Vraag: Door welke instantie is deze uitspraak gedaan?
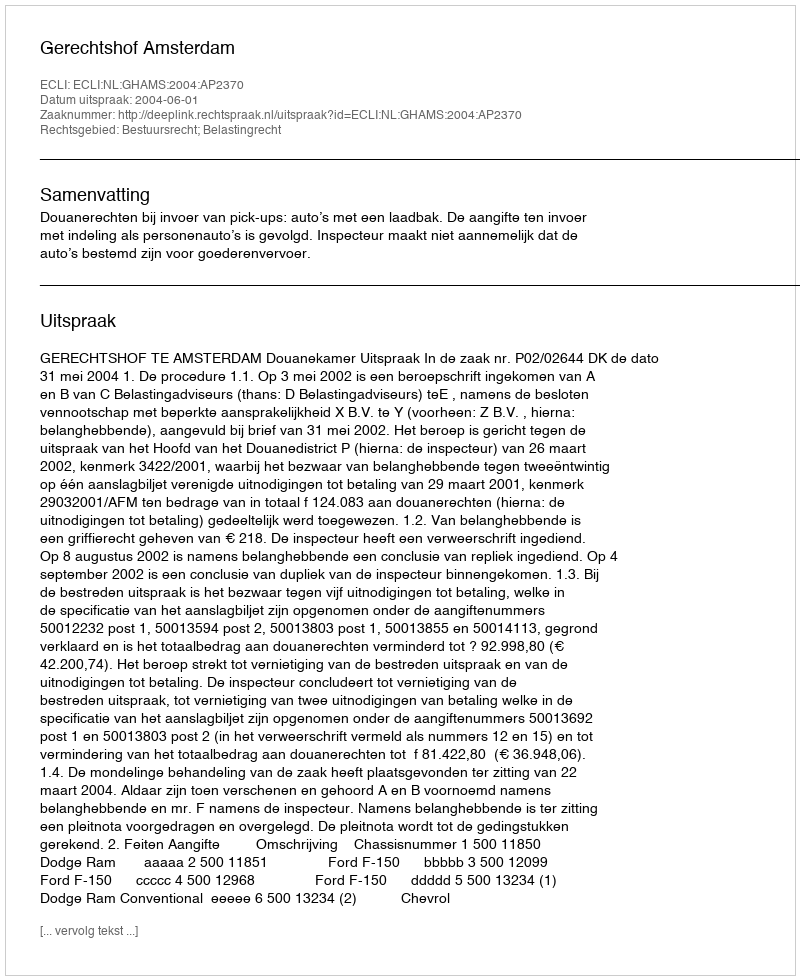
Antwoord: Gerechtshof Amsterdam